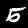
Digit: 5